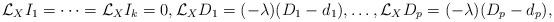
LaTeX: \begin{align*}\mathcal{L}_{X}I_1 =\dots = \mathcal{L}_{X}I_k =0, \mathcal{L}_{X}D_1 = (-\lambda)(D_1 - d_1), \dots, \mathcal{L}_{X}D_p = (-\lambda)(D_p - d_p),\end{align*}